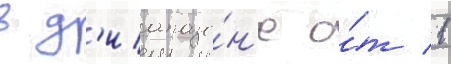
в д'иапазо́н'е о́т 1